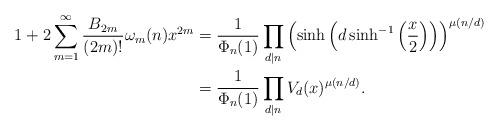
LaTeX: \begin{align*}1 + 2 \sum_{m=1}^\infty \frac{B_{2m}}{(2m)!} \omega_m(n) x^{2m} &= \frac{1}{\Phi_n(1)} \prod_{d \mid n} \left(\sinh \left(d \sinh^{-1} \left(\frac{x}{2} \right) \right)\right)^{\mu(n/d)}\\&= \frac{1}{\Phi_n(1)} \prod_{d \mid n} V_d (x)^{\mu(n/d)}.\end{align*}